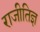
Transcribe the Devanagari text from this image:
राजीतिज्ञ